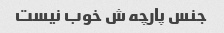
جنس پارچه ش خوب نیست